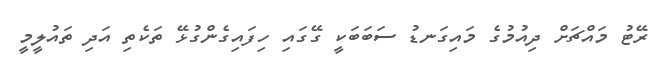
ރޭޓު މައްޗަށް ދިއުމުގެ މައިގަނޑު ސަބަބަކީ ގޭގައި ހިފައިގެންގުޅޭ ތަކެތި އަދި ތައުލީމީ